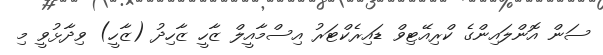
ސަން އޮންލައިންގެ ކްރިއޭޓިވް ޑައިރެކްޓަރު އިސްމާއީލް ޒާހީ ޒާހިދު (ޒާހީ) ވިދާޅުވީ މި